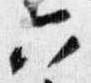
六